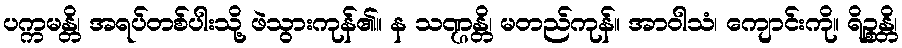
ပက္ကမန္တိ၊ အရပ်တစ်ပါးသို့ ဖဲသွားကုန်၏။ န သဏ္ဌန္တိ၊ မတည်ကုန်။ အာဝါသံ၊ ကျောင်းကို။ ရိဉ္စန္တိ၊